Report on sanitation, dispensaries, and jails in Rajputana for 1913, and on vaccination for the year 1913-1914 - 1913-1914
Year: 1913
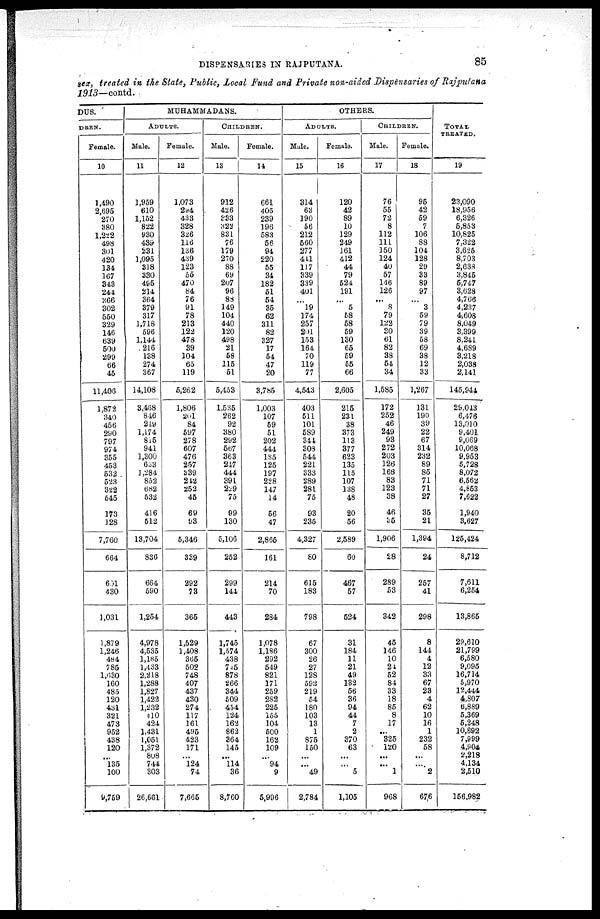
DISPENSARIES IN RAJPUTANA.
85
sex, treated in the State, Public, Local Fund and Private non-aided Dispensaries of Rajputana
1913—contd.
DUS.
DREN.
Female.
10
1,490
2,695
270
380
1,222
498
301
420
134
167
343
244
366
302
550
329
146
639
500
299
66
45
11,406
1,872
340
456
290
797
974
355
453
532
523
322
545
173
128
7,760
664
601
430
1,031
1,879
1,246
484
785
1,630
160
485
120
431
321
473
952
438
120
...
135
100
9,759
MUHAMMADANS.
ADULTS.
Male.
11
1,959
610
1,152
822
930
439
231
1,095
318
330
495
214
364
379
317
1,718
596
1,144
216
138
274
367
14,108
3,468
846
249
1,174
815
941
1,300
633
1,284
852
682
532
416
512
13,704
836
664
590
1,254
4,978
4,535
1,185
1,433
2,218
1,288
1,827
1,422
1,232
410
424
1,431
1,051
1,372
808
744
303
26,661
Female.
12
1,073
294
433
328
326
116
136
439
123
55
470
84
76
91
78
213
122
478
39
104
65
119
5,262
1,806
201
84
597
278
607
476
257
339
242
252
45
69
93
5,346
339
292
73
365
1,529
1,408
365
502
748
407
437
430
274
117
161
495
423
171
...
124
74
7,665
CHILDREN.
Male.
13
912
426
333
322
831
76
179
270
88
69
207
96
88
149
104
440
120
498
21
58
115
51
5,453
1,535
262
92
380
292
567
363
247
444
391
229
75
99
130
5,106
252
299
144
443
1,745
1,574
438
745
878
266
344
509
454
124
162
862
364
145
...
114
36
8,760
Female.
14
661
405
239
196
583
56
94
220
55
34
182
51
54
35
62
311
82
327
17
54
47
20
3,785
1,003
107
59
51
202
444
185
125
197
228
147
14
56
47
2,865
161
214
70
284
1,078
1,186
292
549
821
171
259
282
225
155
104
500
162
109
...
94
9
5,996
OTHERS.
ADULTS.
Male.
15
314
63
190
56
212
560
277
441
117
339
339
401
...
19
174
257
201
153
164
70
119
77
4,543
403
511
101
589
344
308
544
221
333
289
281
75
93
235
4,327
80
615
183
798
67
300
26
27
128
592
219
54
180
103
13
1
875
150
...
...
49
2,784
Female.
16
120
42
89
10
129
249
161
412
44
79
524
191
...
5
58
58
59
130
65
59
55
66
2,605
215
231
38
373
113
377
623
135
115
107
138
48
20
56
2,589
60
467
57
524
31
184
11
21
49
132
56
36
94
44
7
2
370
63
...
...
5
1,105
CHILDREN.
Male.
17
76
55
72
8
112
111
150
124
40
57
146
126
...
8
79
122
30
61
82
38
54
34
1,585
172
252
46
249
93
272
203
126
168
83
123
38
46
35
1,906
28
289
53
342
45
146
10
24
52
84
33
18
85
8
17
...
325
120
...
...
1
968
Female.
18
95
42
59
7
106
88
104
128
29
33
89
97
...
3
59
79
39
58
69
38
12
33
1,267
131
190
39
22
67
314
232
89
85
71
71
27
35
21
1,394
24
257
41
298
8
144
4
12
33
67
23
4
62
10
16
1
232
58
...
...
2
676
TOTAL
TREATED.
19
23,090
18,956
6,326
5,853
10,825
7,322
3,625
8,703
2,638
3,845
5,747
3,628
4,766
4,237
4,608
8,049
3,399
8,241
4,689
3,218
2,038
2,141
145,944
29,043
6,476
13,010
9,401
9,069
10,068
9,953
5,728
8,072
6,562
4,853
7,622
1,940
3,627
125,424
8,712
7,611
6,254
13,865
29,610
21,799
6,580
9,095
16,714
5,970
12,444
4,807
6,889
5,369
5,248
10,892
7,999
4,904
2,218
4,134
2,510
156,982